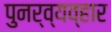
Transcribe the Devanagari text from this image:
पुनर्व्यव्हार